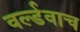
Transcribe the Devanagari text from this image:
वर्ल्डवाच